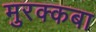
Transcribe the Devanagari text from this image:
मुरक्कबा